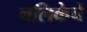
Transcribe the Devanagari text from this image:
नलिकेचे